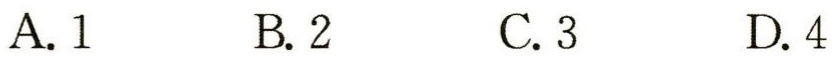
A. 1 \quad B. 2 \quad C. 3 \quad D. 4